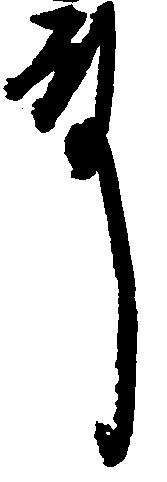
殿